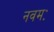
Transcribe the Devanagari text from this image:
नवमः